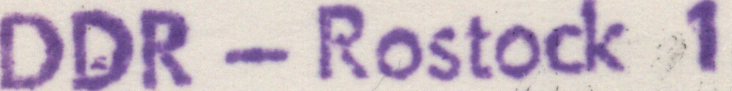
DDR - Rostock 1